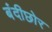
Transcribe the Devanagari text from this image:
बंदीछोर